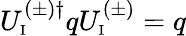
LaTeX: U_{\mathrm{\scriptscriptstyle I}}^{(\pm)\dagger}qU_{\mathrm{\scriptscriptstyle I}}^{(\pm)}=q